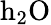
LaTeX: {\mathrm{h}}_{2}\mathrm{O}